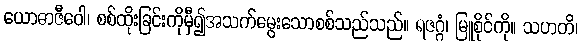
ယောဓာဇီဝေါ၊ စစ်ထိုးခြင်းကိုမှီ၍အသက်မွေးသောစစ်သည်သည်။ ရဇဂ္ဂံ၊ မြူစိုင်ကို။ သဟတိ၊